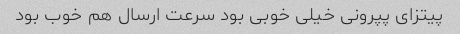
پیتزای پپرونی خیلی خوبی بود سرعت ارسال هم خوب بود